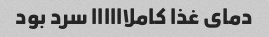
دمای غذا کاملاااااا سرد بود